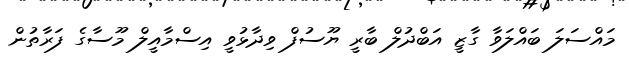
މައްސަލަ ބައްލަވާ ގާޒީ އަބްދުލް ބާރީ ޔޫސުފް ވިދާޅުވީ އިސްމާއީލް މޫސާގެ ފަރާތުން